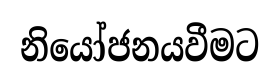
නියෝජනයවීමට